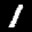
Label: 1